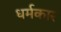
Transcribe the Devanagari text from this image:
धर्मकार